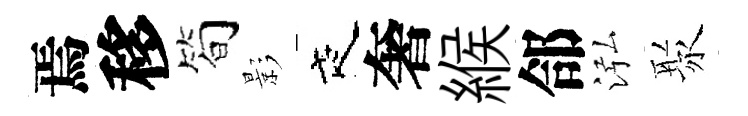
焉移简影夜奢緱郃泓聚